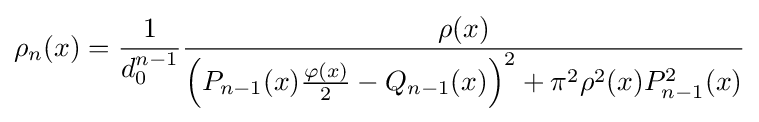
\rho _{n}(x)={\frac {1}{d_{0}^{n-1}}}{\frac {\rho (x)}{\left(P_{n-1}(x){\frac {\varphi (x)}{2}}-Q_{n-1}(x)\right)^{2}+\pi ^{2}\rho ^{2}(x)P_{n-1}^{2}(x)}}